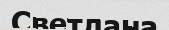
Светлана